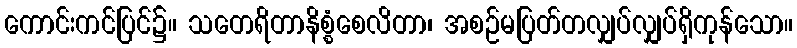
ကောင်းကင်ပြင်၌။ သတေရိတာနိစ္စံစေလိတာ၊ အစဉ်မပြတ်တလျှပ်လျှပ်ရှိကုန်သော။